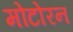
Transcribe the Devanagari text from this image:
मोटोरन